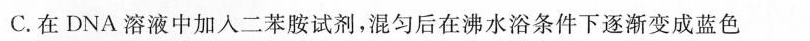
C.在DNA溶液中加入二苯胺试剂，混匀后在沸水浴条件下逐渐变成蓝色